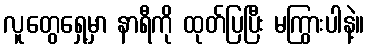
လူတွေရှေ့မှာ နာရီကို ထုတ်ပြပြီး မကြွားပါနဲ့။